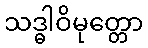
သဒ္ဓါဝိမုတ္တော